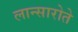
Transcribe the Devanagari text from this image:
लान्सारोते